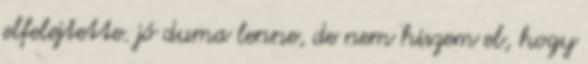
elfelejtette. jó duma lenne, de nem hiszem el, hogy